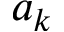
a _ { k }